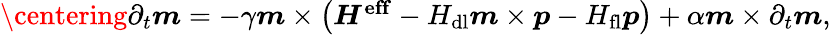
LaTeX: \begin{array}{r}{\centering{\partial}_{t}\boldsymbol{m}=-\gamma\boldsymbol{m}\times\left(\boldsymbol{H^{\mathrm{eff}}}-H_{\mathrm{dl}}\boldsymbol{m}\times\boldsymbol{p}-H_{\mathrm{fl}}\boldsymbol{p}\right)+\alpha{\boldsymbol{m}}\times{\partial}_{t}{\boldsymbol{m}},}\end{array}